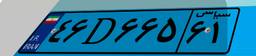
۹۹D۹۷۹۰۰